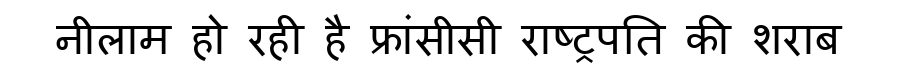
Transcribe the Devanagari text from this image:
नीलाम हो रही है फ्रांसीसी राष्ट्रपति की शराब